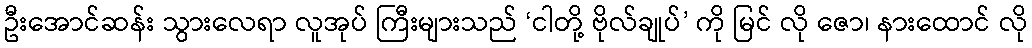
ဦးအောင်ဆန်း သွားလေရာ လူအုပ် ကြီးများသည် ‘ငါတို့ ဗိုလ်ချုပ်’ ကို မြင် လို ဇော၊ နားထောင် လို